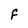
Character: F